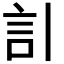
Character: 𧥞